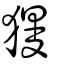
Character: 獌